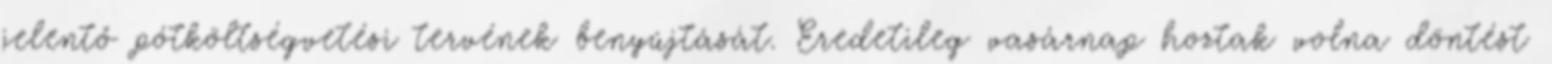
jelentő pótköltségvetési tervének benyújtását. Eredetileg vasárnap hoztak volna döntést